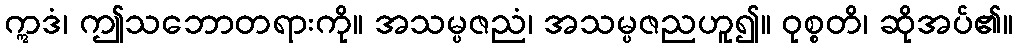
ဣဒံ၊ ဤသဘောတရားကို။ အသမ္ပဇညံ၊ အသမ္ပဇညဟူ၍။ ဝုစ္စတိ၊ ဆိုအပ်၏။